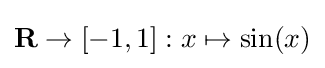
\mathbf {R} \to [-1,1]:x\mapsto \sin(x)